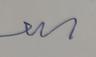
Signature authenticity: genuine